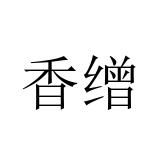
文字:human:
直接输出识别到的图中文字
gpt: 香缯